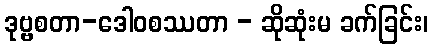
ဒုဗ္ဗစတာ-ဒေါဝစဿတာ - ဆိုဆုံးမ ခက်ခြင်း၊